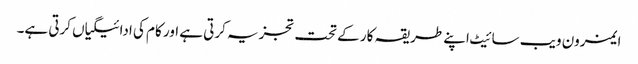
ایمزون ویب سائیٹ اپنے طریقہ کار کے تحت تجزیہ کرتی ہے اور کام کی ادائیگیاں کرتی ہے۔